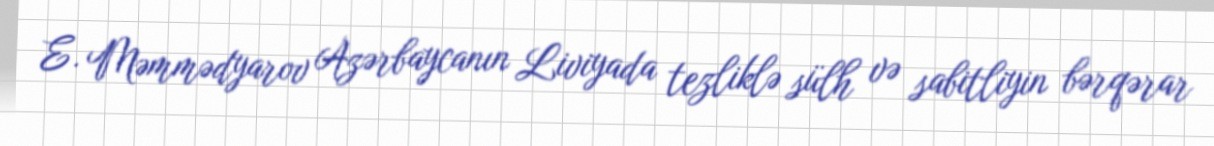
E. Məmmədyarov Azərbaycanın Liviyada tezliklə sülh və sabitliyin bərqərar